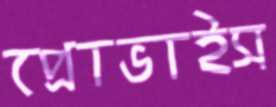
প্রোভাইস